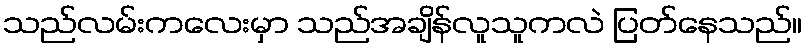
သည်လမ်းကလေးမှာ သည်အချိန်လူသူကလဲ ပြတ်နေသည်။